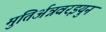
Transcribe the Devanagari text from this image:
मुतिर्अन्नवरइयुन